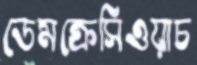
ডেমক্রেসিওয়াচ